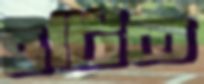
হটিত